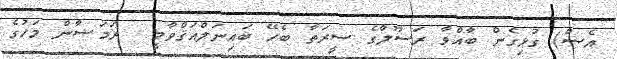
އެސް) ގުޅިގެން ބާއްވާ ރަސޫލާގެ ސީރަތާ ބެހޭ ބައިނަލްއަޤްވާމީ  ރަމަޟާން މަހުގެ